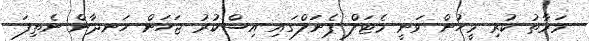
މަރާތު ކުރި މީހުން ވަނީ މެޓަލް ޕެނަލްގައި އިސްކުރު ޖަހަން ހަނދާން ނެތިފަ